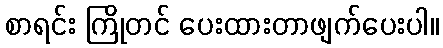
စာရင်း ကြိုတင် ပေးထားတာဖျက်ပေးပါ။